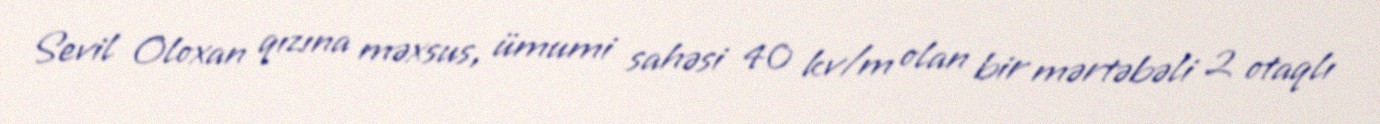
Sevil Oloxan qızına məxsus, ümumi sahəsi 40 kv/m olan bir mərtəbəli 2 otaqlı